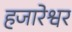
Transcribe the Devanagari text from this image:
हजारेश्वर